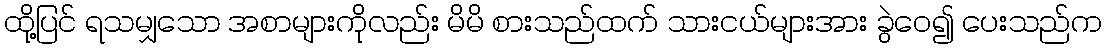
ထို့ပြင် ရသမျှသော အစာများကိုလည်း မိမိ စားသည်ထက် သားငယ်များအား ခွဲဝေ၍ ပေးသည်က